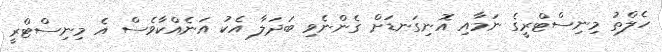
ހެލްތު މިނިސްޓްރީގެ ނަމާއި އޮނިގަނޑަށް ގެންނެވި ބަދަލާ އެކު އަނެއްކާވެސް އެ މިނިސްޓްރީ